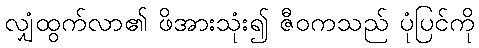
လျှံထွက်လာ၏ ဖိအားသုံး၍ ဇီဝကသည် ပုံပြင်ကို